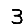
Digit: 3